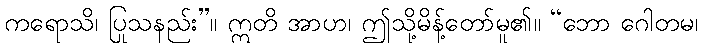
ကရောသိ၊ ပြုသနည်း”။ ဣတိ အာဟ၊ ဤသို့မိန့်တော်မူ၏။ “ဘော ဂေါတမ၊